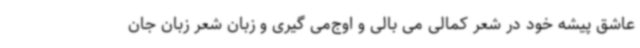
عاشق پیشه خود در شعر کمالی می بالی و اوج‌می گیری و زبان شعر زبان جان‌